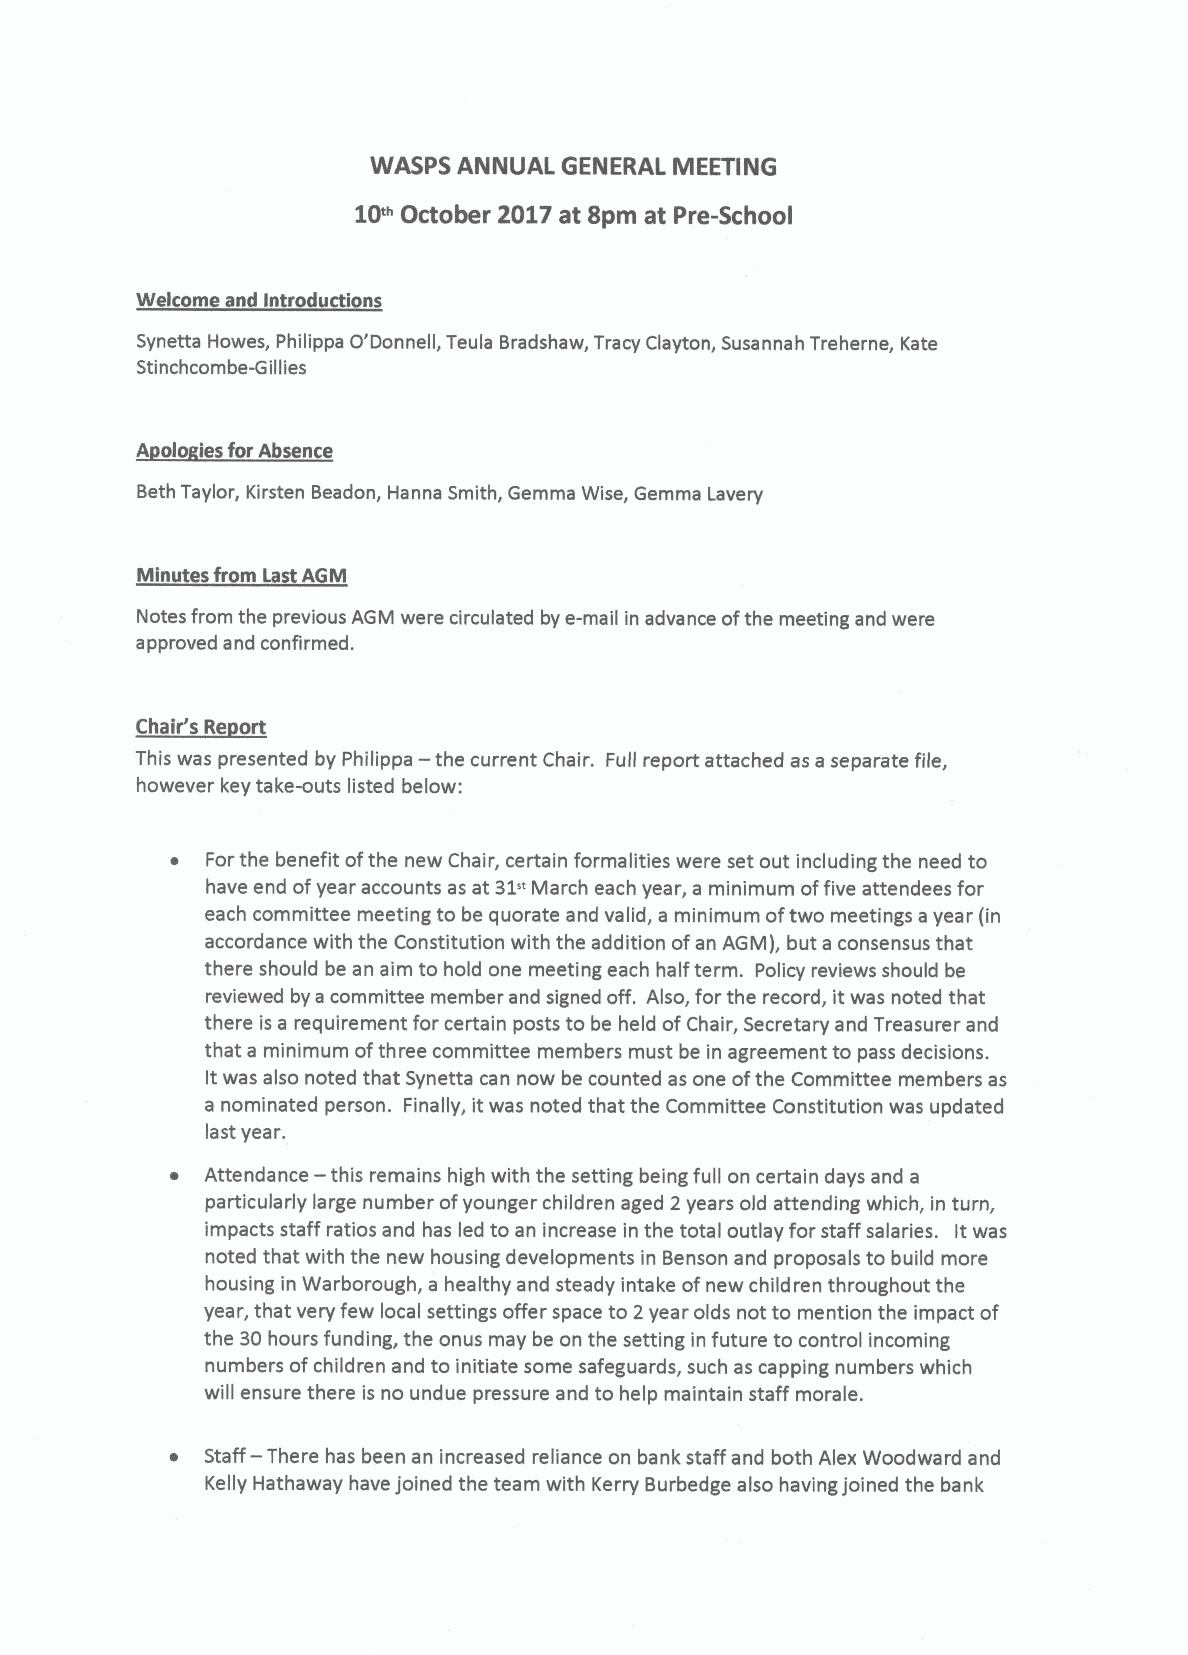
WASPS ANNUAL GENERAL MEETING
 10'"October 2017at 8pm at Pre-School
 Welcome and Introductions
 Synetta Howes, Philippa O'Donnell, Teula Bradshaw, Tracy Clayton, Susannah Treherne, Kate
 Stinchcombe-Gillies
 A olo lesforAbsence
 Beth Taylor, Kirsten Beadon, Hanna Smith, Gemma Wise, Gemma Lavery
 Minutes from Last AGM
 Notes from the previous AGM were circulated by e-mail in advance ofthe meeting and were
 approved and confirmed.
 —
 This was presented by Philippa the current Chair. Full report attached as a separate file,
 however key take-outs listed below:
 ~  Forthe benefit ofthe new Chair, certain formalities were set out including the need to
 have end ofyear accounts as at 31" March each year, a minimum offive attendees for
 each committee meeting to be quorate and valid, a minimum oftwo meetings a year (in
 accordance with the Constitution with the addition ofan AGM), but a consensus that
 there should be an aim to hold one meeting each half term. Policy reviews should be
 reviewed by a committee member and signed off. Also, for the record, it was noted that
 there is a requirement for certain posts to be held ofChair, Secretary and Treasurer and
 that a minimum ofthree committee members must be in agreement to pass decisions.
 it was also noted that Synetta can now be counted as one ofthe Committee members as
 a nominated person. Finally, it was noted that the Committee Constitution was updated
 last year.
 —
 ~  Attendance this remains high with the setting being full on certain days and a
 particularly large number ofyounger children aged 2 years old attending which, in turn,
 impacts staff ratios and has led to an increase in the total outlay for staff salaries. Itwas
 noted that with the new housing developments in Benson and proposals to build more
 housing in Warborough, a healthy and steady intake ofnew children throughout the
 year, that very few local settings offer space to 2year olds not to mention the impact of
 the 30hours funding, the onus may be on the setting in future to control incoming
 numbers ofchildren and to initiate some safeguards, such as capping numbers which
 will ensure there is no undue pressure and to help maintain staff morale.
 —
 ~  Staff There has been an increased reliance on bank staff and both Alex Woodward and
 Kelly Hathaway have joined the team with Kerry Burbedge also having joined the bank